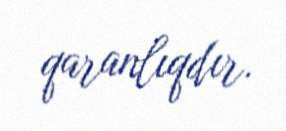
qaranlıqdır.